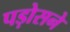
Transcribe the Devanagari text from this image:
पड़ोसने